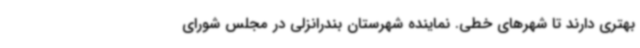
بهتری دارند تا شهرهای خطی. نماینده شهرستان بندرانزلی در مجلس شورای